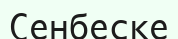
Сенбеске